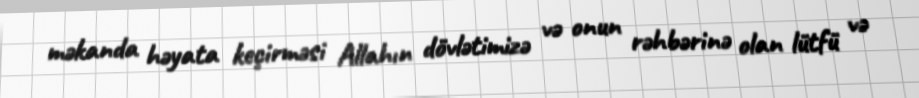
məkanda həyata keçirməsi Allahın dövlətimizə və onun rəhbərinə olan lütfü və